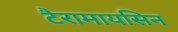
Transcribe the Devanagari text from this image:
टैरामायसिन